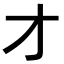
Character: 才